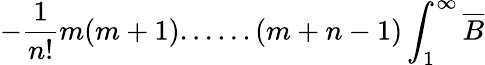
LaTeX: -\frac{1}{n!}m(m+1)......(m+n-1)\int_{1}^{\infty}\overline{{{B}}}